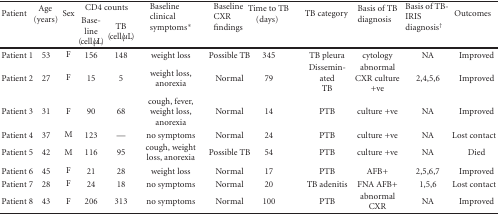
<table><thead><tr><td rowspan="2"><b>Patient</b></td><td rowspan="2"><b>Age (years)</b></td><td rowspan="2"><b>Sex</b></td><td colspan="2"><b>CD4 counts</b></td><td rowspan="2"><b>Baseline clinical symptoms*</b></td><td rowspan="2"><b>Baseline CXR findings</b></td><td rowspan="2"><b>Time to TB (days)</b></td><td rowspan="2"><b>TB category</b></td><td rowspan="2"><b>Basis of TB diagnosis</b></td><td rowspan="2"><b>Basis of TB- IRIS diagnosis<sup>†</sup></b></td><td rowspan="2"><b>Outcomes</b></td></tr><tr><td><b>Baseline (cell/<i>μ</i>L)</b></td><td><b>TB (cell/<i>μ</i>L) </b></td></tr></thead><tbody><tr><td>Patient 1</td><td>53</td><td>F</td><td>156</td><td>148</td><td>weight loss</td><td>Possible TB</td><td>345</td><td>TB pleura</td><td>cytology</td><td>NA</td><td>Improved</td></tr><tr><td>Patient 2</td><td>27</td><td>F</td><td>15</td><td>5</td><td>weight loss, anorexia</td><td>Normal</td><td>79</td><td>Disseminated TB</td><td>abnormal CXR culture +ve</td><td>2,4,5,6</td><td>Improved</td></tr><tr><td>Patient 3</td><td>31</td><td>F</td><td>90</td><td>68</td><td>cough, fever, weight loss, anorexia</td><td>Normal</td><td>14</td><td>PTB</td><td>culture +ve</td><td>NA</td><td>Improved</td></tr><tr><td>Patient 4</td><td>37</td><td>M</td><td>123</td><td>—</td><td>no symptoms</td><td>Normal</td><td>24</td><td>PTB</td><td>culture +ve</td><td>NA</td><td>Lost contact</td></tr><tr><td>Patient 5</td><td>42</td><td>M</td><td>116</td><td>95</td><td>cough, weight loss, anorexia</td><td>Possible TB</td><td>54</td><td>PTB</td><td>culture +ve</td><td>NA</td><td>Died</td></tr><tr><td>Patient 6</td><td>45</td><td>F</td><td>21</td><td>28</td><td>weight loss</td><td>Normal</td><td>17</td><td>PTB</td><td>AFB+</td><td>2,5,6,7</td><td>Improved</td></tr><tr><td>Patient 7</td><td>28</td><td>F</td><td>24</td><td>18</td><td>no symptoms</td><td>Normal</td><td>20</td><td>TB adenitis</td><td>FNA AFB+</td><td>1,5,6</td><td>Lost contact</td></tr><tr><td>Patient 8</td><td>43</td><td>F</td><td>206</td><td>313</td><td>no symptoms</td><td>Normal</td><td>100</td><td>PTB</td><td>abnormal CXR</td><td>NA</td><td>Improved</td></tr></tbody></table>